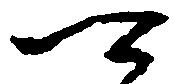
可